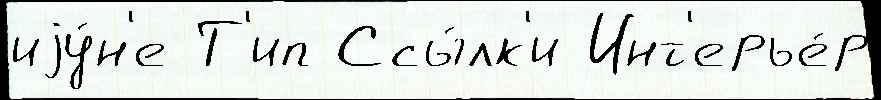
иjу́н'е Т'ип Ссы́лк'и Инт'ерье́р